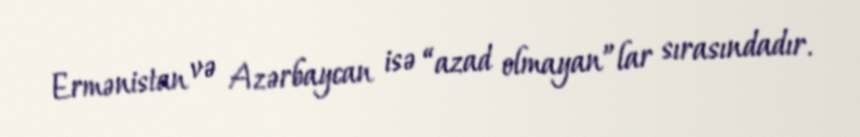
Ermənistan və Azərbaycan isə “azad olmayan”lar sırasındadır.